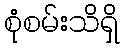
စုံစမ်းသိရှိ